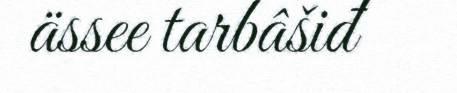
ässee tarbâšiđ